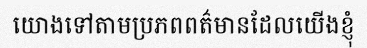
យោងទៅតាមប្រភពពត៌មានដែលយើងខ្ញុំ